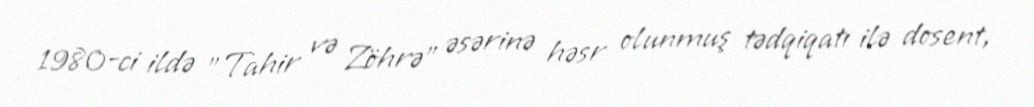
1980-ci ildə "Tahir və Zöhrə" əsərinə həsr olunmuş tədqiqatı ilə dosent,